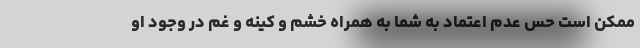
ممکن است حس عدم اعتماد به شما به همراه خشم و کینه و غم در وجود او